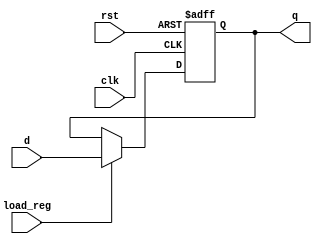
module fact_reg #(parameter w = 32) (
  input wire clk, rst, load_reg,
  input wire [w-1:0] d,
  output reg [w-1:0] q
);
  always @ (posedge clk, posedge rst) begin
    if (rst) q <= 0;
    else if (load_reg) q <= d;
    else q <= q;
  end
endmodule